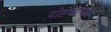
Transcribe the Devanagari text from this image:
पोहणाऱ्या